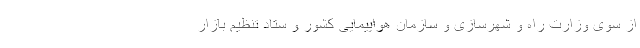
از سوی وزارت راه و شهرسازی و سازمان هواپیمایی کشور و ستاد تنظیم بازار